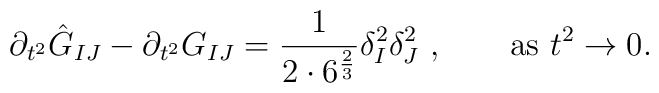
\partial_{t^2}  \hat  G_{IJ}  - \partial_{t^2}   G_{IJ} = {1\over {2\cdot 6^{\frac{2}{3}}}}  \delta_I^2 \delta_J^2\ , \qquad {\rm as} \ t^2 \rightarrow 0.